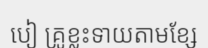
បៀ គ្រូខ្លះទាយតាមខ្សែ